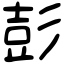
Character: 彭